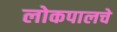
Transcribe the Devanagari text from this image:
लोकपालचे